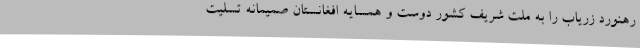
رهنورد زریاب را به ملت شریف کشور دوست و همسایه افغانستان صمیمانه تسلیت